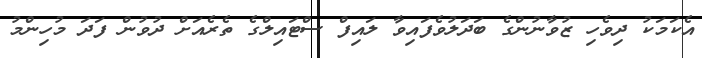
އެކަމަކު ދިވެހި ޒުވާނުންގެ ބަދަލުވެފައިވާ ލައިފް ސްޓައިލްގެ ތެރެއަށް ދުވުން ފަދަ މުހިންމު